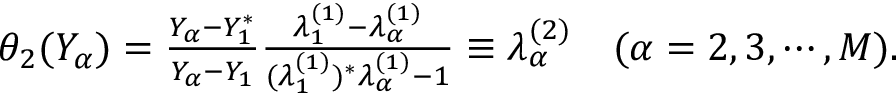
\begin{array} { r } { \theta _ { 2 } ( Y _ { \alpha } ) = \frac { Y _ { \alpha } - Y _ { 1 } ^ { * } } { Y _ { \alpha } - Y _ { 1 } } \frac { \lambda _ { 1 } ^ { ( 1 ) } - \lambda _ { \alpha } ^ { ( 1 ) } } { ( \lambda _ { 1 } ^ { ( 1 ) } ) ^ { * } \lambda _ { \alpha } ^ { ( 1 ) } - 1 } \equiv \lambda _ { \alpha } ^ { ( 2 ) } \ \ \ ( \alpha = 2 , 3 , \cdots , M ) . } \end{array}